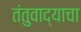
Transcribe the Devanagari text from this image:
तंतुवाद्याचा